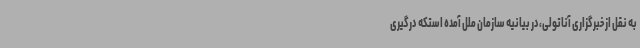
به نقل از خبرگزاری آناتولی،در بیانیه سازمان ملل آمده استکه درگیری